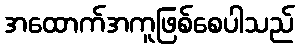
အထောက်အကူဖြစ်စေပါသည်